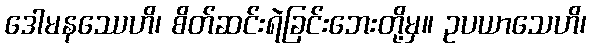
ဒေါမနဿေဟိ၊ စိတ်ဆင်းရဲခြင်းဘေးတို့မှ။ ဥပယာသေဟိ၊